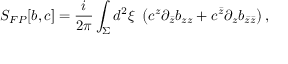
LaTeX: S _ { F P } [ b , c ] = \frac { i } { 2 \pi } \int _ { \Sigma } d ^ { 2 } \xi \, \, \left( c ^ { z } \partial _ { \bar { z } } b _ { z z } + c ^ { \bar { z } } \partial _ { z } b _ { \bar { z } \bar { z } } \right) ,